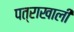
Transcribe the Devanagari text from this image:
पत्राखाली